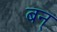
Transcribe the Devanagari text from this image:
बन्